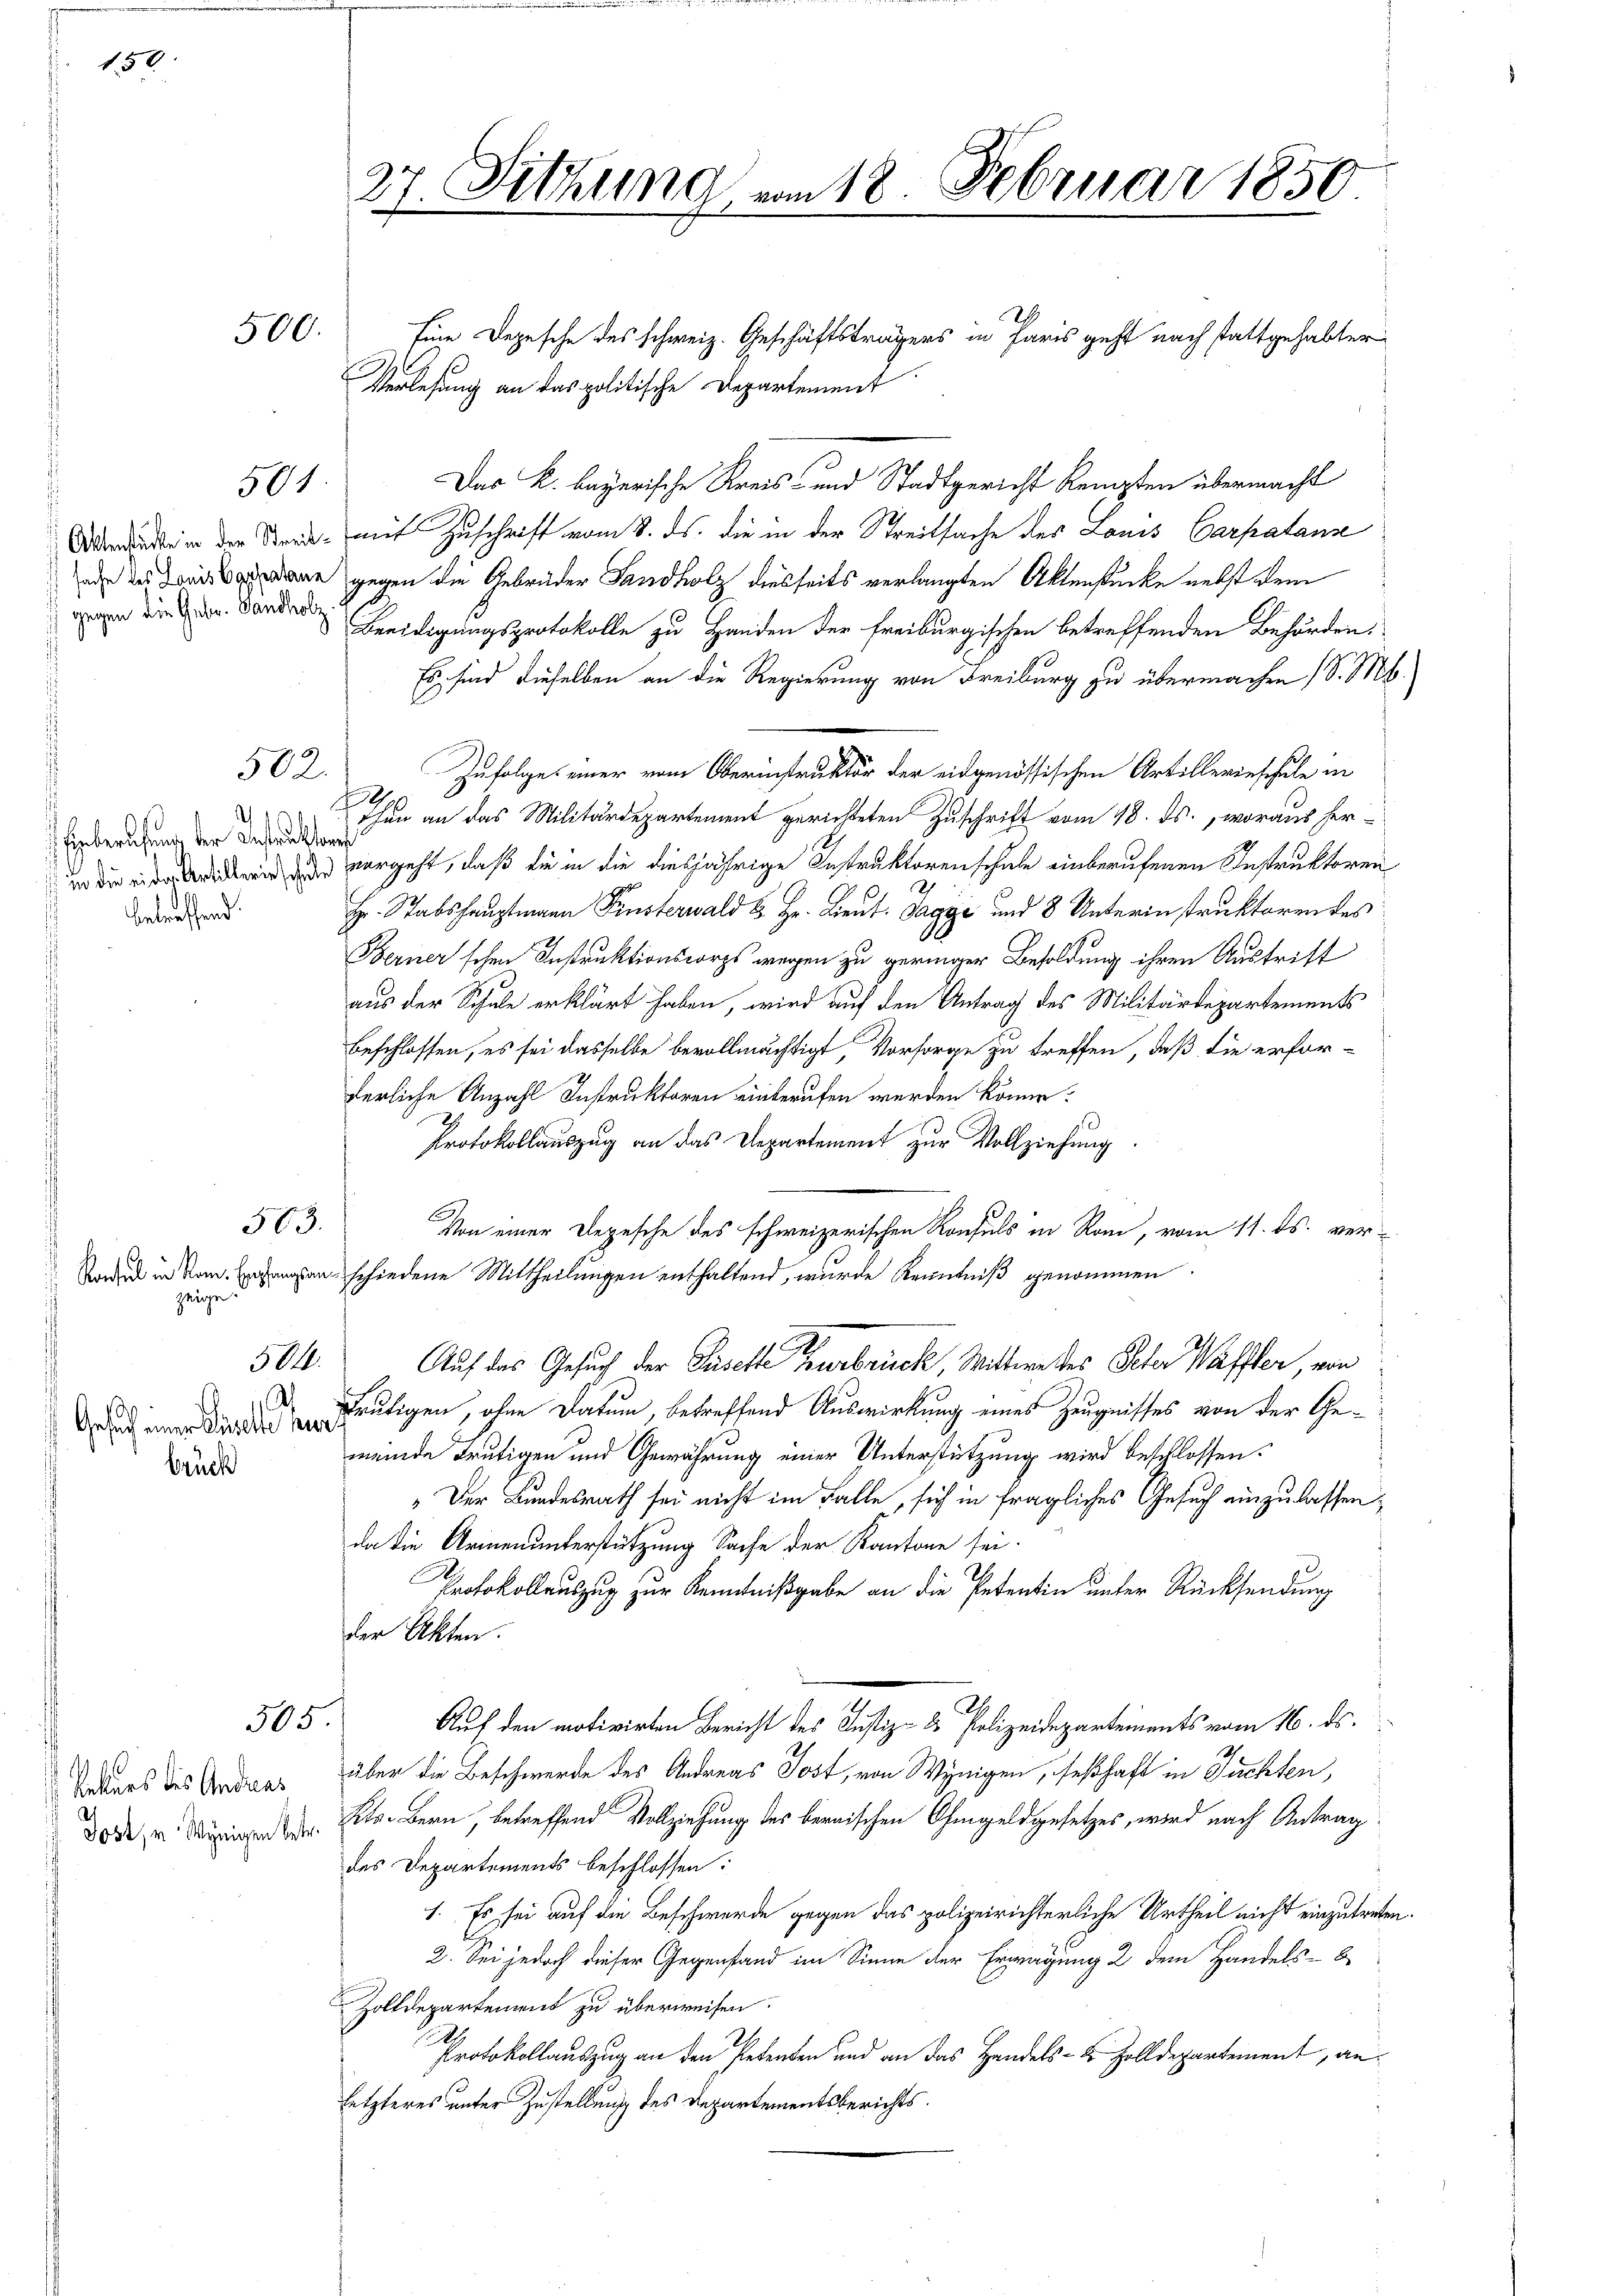
150

Aktenstücke in der Streitsache des Louis Caphratane
) gegen die Gebr. Vandholz

brück

500.

2
Einberufung der Instruktor
 in die ei der Artillerie schule
betreffend.

Konsul in Rom. Empfangsanzeige

503.

Gesich einer Sicile sei

501

502.

504.

505

Rekurs des Andreas
1. Post, u. Wenigen betr.

27 Sitzung vom 18. Februar 1850

Eine Depesche des schweiz. Geschäftsträgers in Paris geht nach stattgehabter
Verlesung an das politische Departement
Das k. bayerische Kreis- und Stadtgericht Kempten übermacht
mit Zuschrift vom 8. ds. die in der Streitsache des Louis Carpatanse
gegen die Gebrüder Sandholz diesseits verlangten Aktenstücke nebst dem
Beeidigungsprotokolle zu Handen der freiburgischen betreffenden Behörden,
Es sind dieselben an die Regierung von Freiburg zu übermachen (S. M.
Zufolge einer vom Oberinstruktor der eidgenössischen Artillerinschule in
.
then an das Militärdepartement gerichteten Zuschrift vom 18. ds., woraus her-
vorgeht, daß die in die diesjährige Instruktorenschule einberufenen Instruktoren
Hr. Stabshauptmann Finsterwald u. Hr. Lieut. Tagge und 8 Unterinstruktoren des
Berner'schen Instruktionscorps wegen zu geringer Besoldung ihren Austrift
aus der Schule erklärt haben, wird auf den Antrag des Militärdepartements
beschlossen, es sei dasselbe bevollmächtigt Vorsorge zu treffen, daß die erfor-
derliche Anzahl Instruktoren einberufen werden könne.
Protokollauszug an das Departement zur Vollziehung.
Von einer Depesche des schweizerischen Konsuls in Rom, vom 11. ds. verschiedene Mittheilungen enthaltend, wurde Kenntniß genommen.
Auf das Gesuch der Duselte verbrück, Mittwettes Peter Waffer, von
Frutigen, ohne Datum, betreffend Auswirkung eines Zeugnisses von der Gemeinde Teutigen und Gewährung einer Unterstützung wird beschlossen.
„Der Bundesrath sei nicht im Falle, sich in fragliches Gesuch einzulassen;
da die Armenunterstützung Sache der Kantone sei.
Protokollauszug zur Kenntnißgabe an die Petentin unter Rücksendung
der Akten.
Auf den motivirten Bericht des Justiz- & Polizeidepartements vom 16. ds.
über die Beschwerde des Andreas Jost, von Winigen, seßhaft in Tuchten,
Kts. Bern, betreffend Vollziehung des bernischen Ohmgeldgesetzes, wird nach Antragdes Departements beschlossen:
1. Es sei auf die Beschwerde gegen das polizeirichterliche Urtheil nicht einzutreten
2. Sei jedoch dieser Gegenstand im Sinne der Erwägung 2 dem Handels- b
Zolldepartement zu überweisen.
h
Protokollauszug an den Petenten und an das Handels- & Zolldepartement, anletzteres unter Zustellung des Departementsberichts¬

2